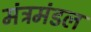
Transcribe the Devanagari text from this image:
मंत्रमंडल